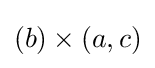
(b)\times (a,c)